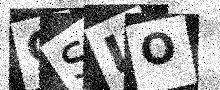
Text: CSLO